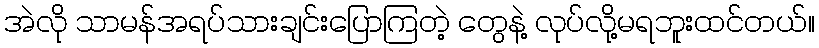
အဲလို သာမန်အရပ်သားချင်းပြောကြတဲ့ တွေနဲ့ လုပ်လို့မရဘူးထင်တယ်။